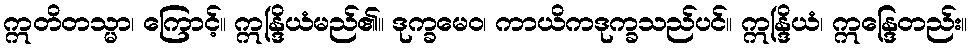
ဣတိတသ္မာ၊ ကြောင့်။ ဣန္ဒြိယံမည်၏။ ဒုက္ခမေဝ၊ ကာယိကဒုက္ခသည်ပင်။ ဣန္ဒြိယံ၊ ဣန္ဒြေတည်း။